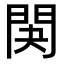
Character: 䦑